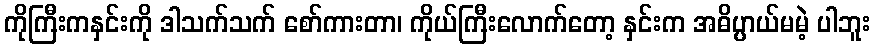
ကိုကြီးကနှင်းကို ဒါသက်သက် စော်ကားတာ၊ ကိုယ်ကြီးလောက်တော့ နှင်းက အဓိပ္ပာယ်မမဲ့ ပါဘူး